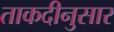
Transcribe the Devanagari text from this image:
ताकदीनुसार